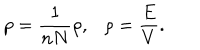
p = \frac { 1 } { n N } \rho , \ \ \ \rho = \frac { E } { V } .